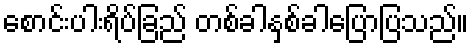
စောင်းပါးရိပ်ခြည် တစ်ခါနှစ်ခါပြောပြသည်။